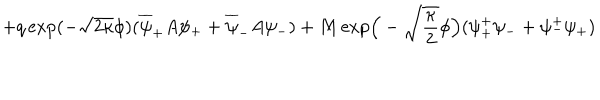
LaTeX: + q \exp ( - \sqrt { 2 \kappa } \phi ) ( \overline { { { \psi } } } _ { + } A \psi _ { + } + \overline { { { \psi } } } _ { - } A \psi _ { - } ) + M \exp \! \Big ( - \sqrt { \frac { \kappa } { 2 } } \phi \Big ) ( \psi _ { + } ^ { + } \psi _ { - } + \psi _ { - } ^ { + } \psi _ { + } )